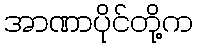
အာဏာပိုင်တို့က